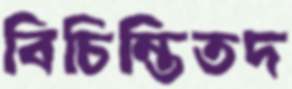
বিচিন্তিতদ